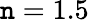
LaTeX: \mathtt{n}=1.5